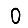
Digit: 0